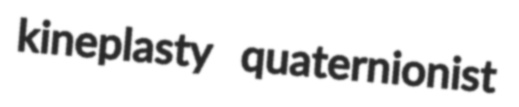
kineplasty quaternionist